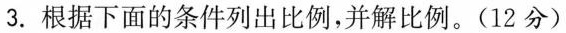
3.根据下面的条件列出比例，并解比例。(12分)